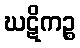
ဃဋိကဉ္စ